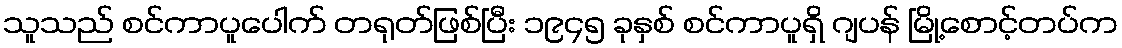
သူသည် စင်ကာပူပေါက် တရုတ်ဖြစ်ပြီး ၁၉၄၅ ခုနှစ် စင်ကာပူရှိ ဂျပန် မြို့စောင့်တပ်က